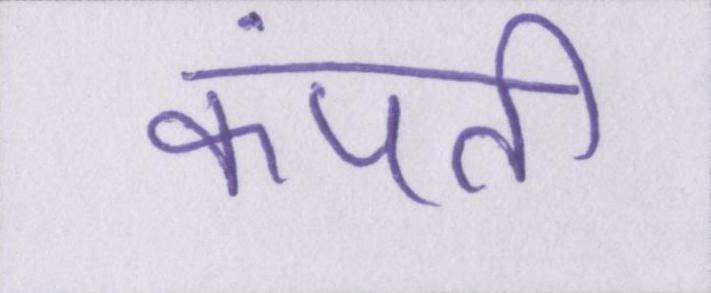
कंपती